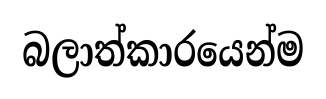
බලාත්කාරයෙන්ම